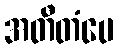
အတီတံပေ